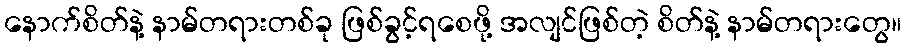
နောက်စိတ်နဲ့ နာမ်တရားတစ်ခု ဖြစ်ခွင့်ရစေဖို့ အလျင်ဖြစ်တဲ့ စိတ်နဲ့ နာမ်တရားတွေ။